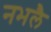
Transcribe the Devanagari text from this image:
नभलै